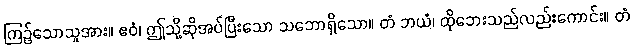
ကြဉ်သောသူအား။ ဧဝံ၊ ဤသို့ဆိုအပ်ပြီးသော သဘောရှိသော။ တံ ဘယံ၊ ထိုဘေးသည်လည်းကောင်း။ တံ